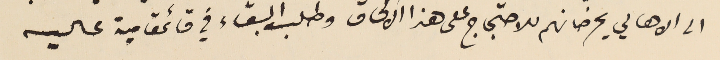
الى الاهالي يحرّضانهم للاحتجاج على هذا الالحاق وطلب البقاء في قائمقامية عاليه